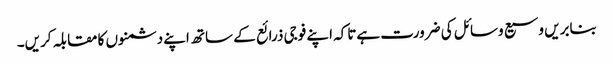
بنابریں وسیع وسائل کی ضرورت ہےتاکہ اپنے فوجی ذرائع کے ساتھ اپنے دشمنوں کا مقابلہ کریں۔